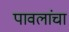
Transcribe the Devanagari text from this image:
पावलांचा